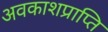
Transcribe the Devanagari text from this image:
अवकाशप्राप्ति